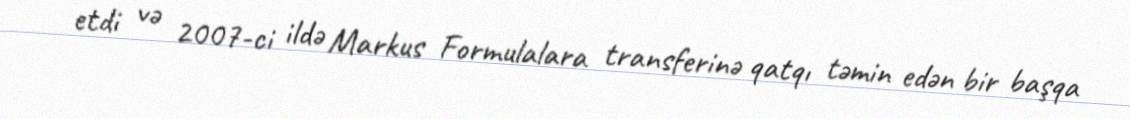
etdi və 2007-ci ildə Markus Formulalara transferinə qatqı təmin edən bir başqa